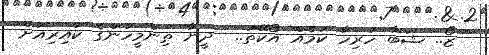
ޒޯ.. ޝަބާ ހުރިހާ ކަމެއް އޯކޭތަ..  ދީނާ ތިންމީހުންގެ ކަައިރިއަށް